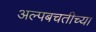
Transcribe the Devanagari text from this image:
अल्पबचतीच्या